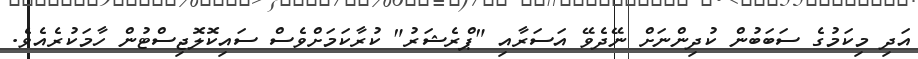
އަދި މިކަމުގެ ސަބަބުން ކުދިންނަށް ނޭދެވޭ އަސަރާއި "ޕްރެޝަރު" ކުރާކަމަށްވެސް ސައިކޮލޮޖިސްޓުން ހާމަކުރެއެވެ.